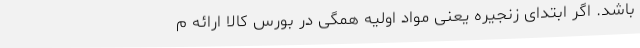
باشد. اگر ابتدای زنجیره یعنی مواد اولیه همگی در بورس کالا ارائه م